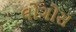
લોગોસ